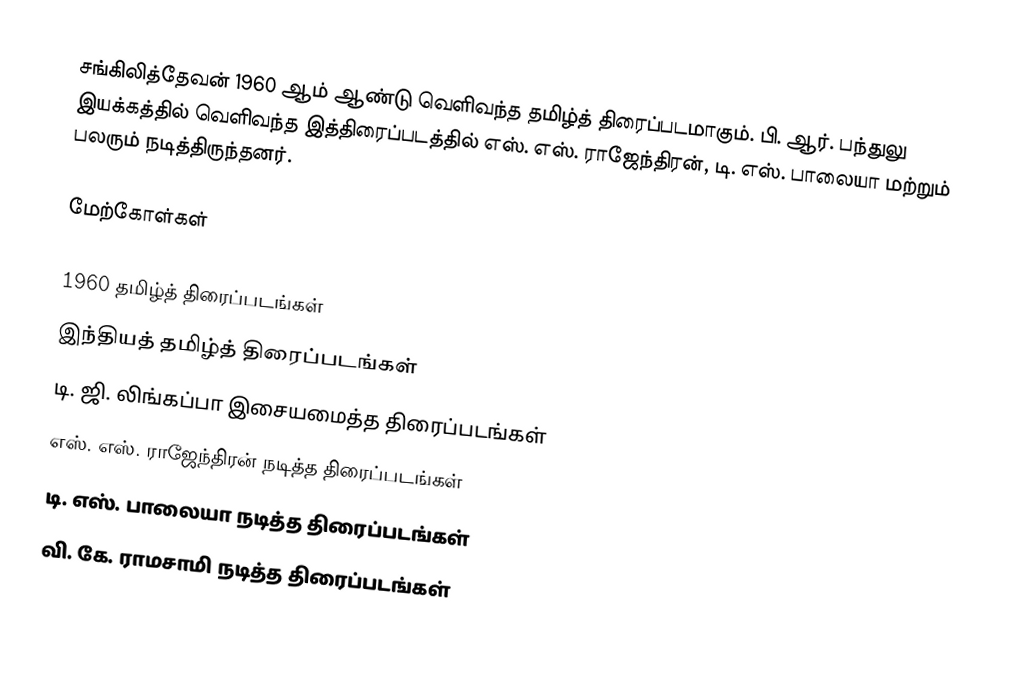
சங்கிலித்தேவன் 1960 ஆம் ஆண்டு வெளிவந்த தமிழ்த் திரைப்படமாகும். பி. ஆர். பந்துலு இயக்கத்தில் வெளிவந்த இத்திரைப்படத்தில் எஸ். எஸ். ராஜேந்திரன், டி. எஸ். பாலையா மற்றும் பலரும் நடித்திருந்தனர்.

மேற்கோள்கள்

1960 தமிழ்த் திரைப்படங்கள்
இந்தியத் தமிழ்த் திரைப்படங்கள்
டி. ஜி. லிங்கப்பா இசையமைத்த திரைப்படங்கள்
எஸ். எஸ். ராஜேந்திரன் நடித்த திரைப்படங்கள்
டி. எஸ். பாலையா நடித்த திரைப்படங்கள்
வி. கே. ராமசாமி நடித்த திரைப்படங்கள்